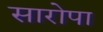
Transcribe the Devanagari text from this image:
सारोपा